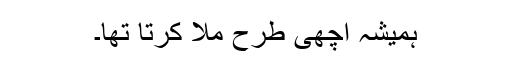
ہمیشہ اچھی طرح ملا کرتا تھا۔